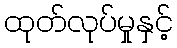
ထုတ်လုပ်မှုနှင့်